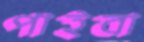
পাইবা